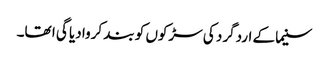
سنیما کے اردگرد کی سڑکوں کو بند کروا دیا گی ا تھا۔